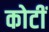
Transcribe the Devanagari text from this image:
कोटीं